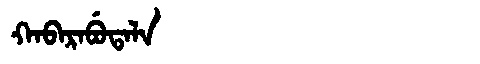
Manchu: ᡴᠠᠪᠠᡵᠠᠪᡠᡨᠠᠯᠠ
Romanization: KABARABUTALA